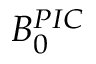
B _ { 0 } ^ { P I C }